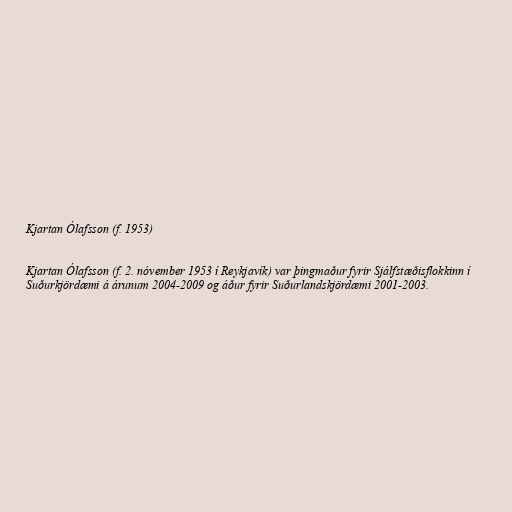
Kjartan Ólafsson (f. 1953)

Kjartan Ólafsson (f. 2. nóvember 1953 í Reykjavík) var þingmaður fyrir Sjálfstæðisflokkinn í
Suðurkjördæmi á árunum 2004-2009 og áður fyrir Suðurlandskjördæmi 2001-2003.